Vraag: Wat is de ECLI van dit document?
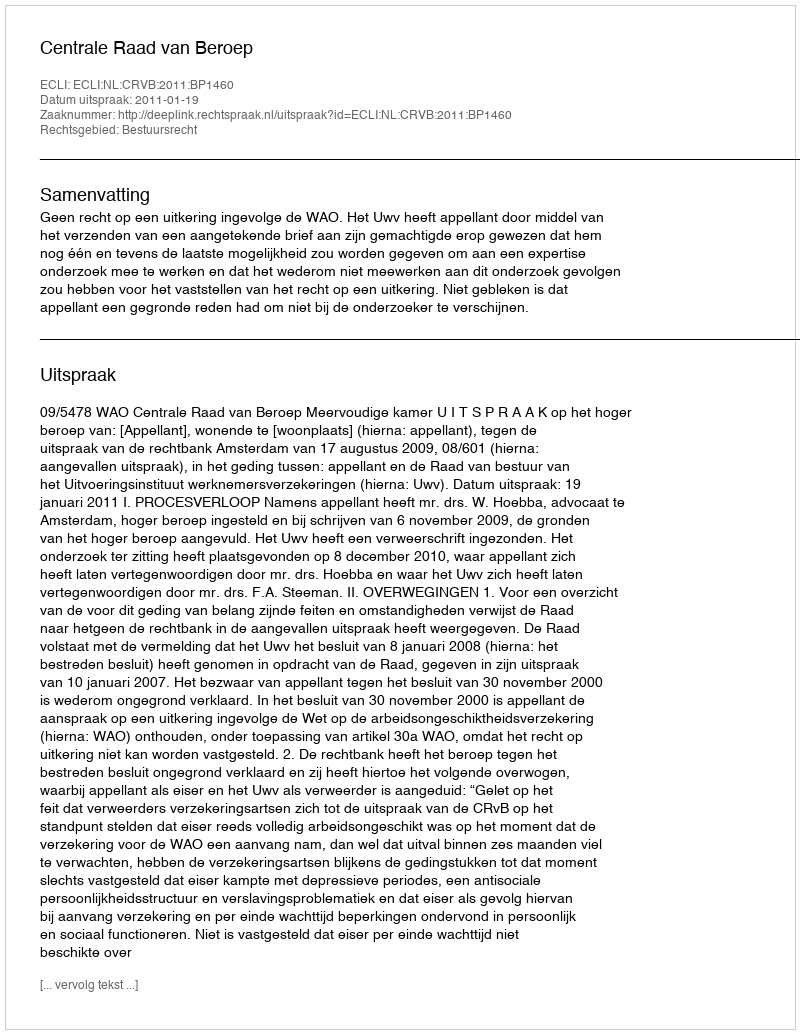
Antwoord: ECLI:NL:CRVB:2011:BP1460